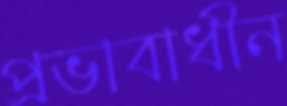
প্রভাবাধীন